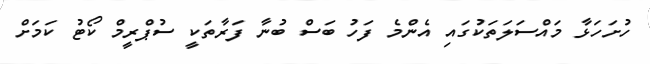
ހުށަހަޅާ މައްސަލަތަކުގައި އެންމެ ފަހު ބަސް ބުނާ ފަރާތަކީ ސުޕްރީމް ކޯޓު ކަމަށް